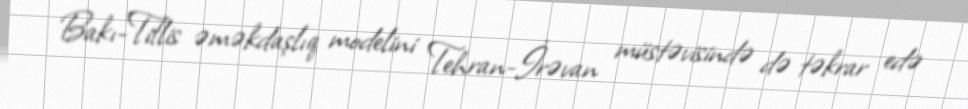
Bakı-Tiflis əməkdaşlıq modelini Tehran-İrəvan müstəvisində də təkrar edə